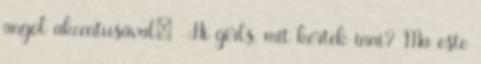
angol akcentusával: -Hi girls, mit kértek inni? Ma este